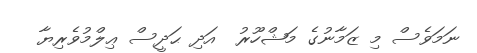
ނަމަވެސް މި ޒަމާނުގެ މަޝްހޫރު  އަދި ޙަދީސް ޢިލްމުވެރިޔާ